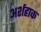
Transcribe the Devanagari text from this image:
अर्शहाक